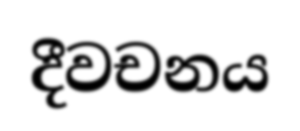
දීවචනය